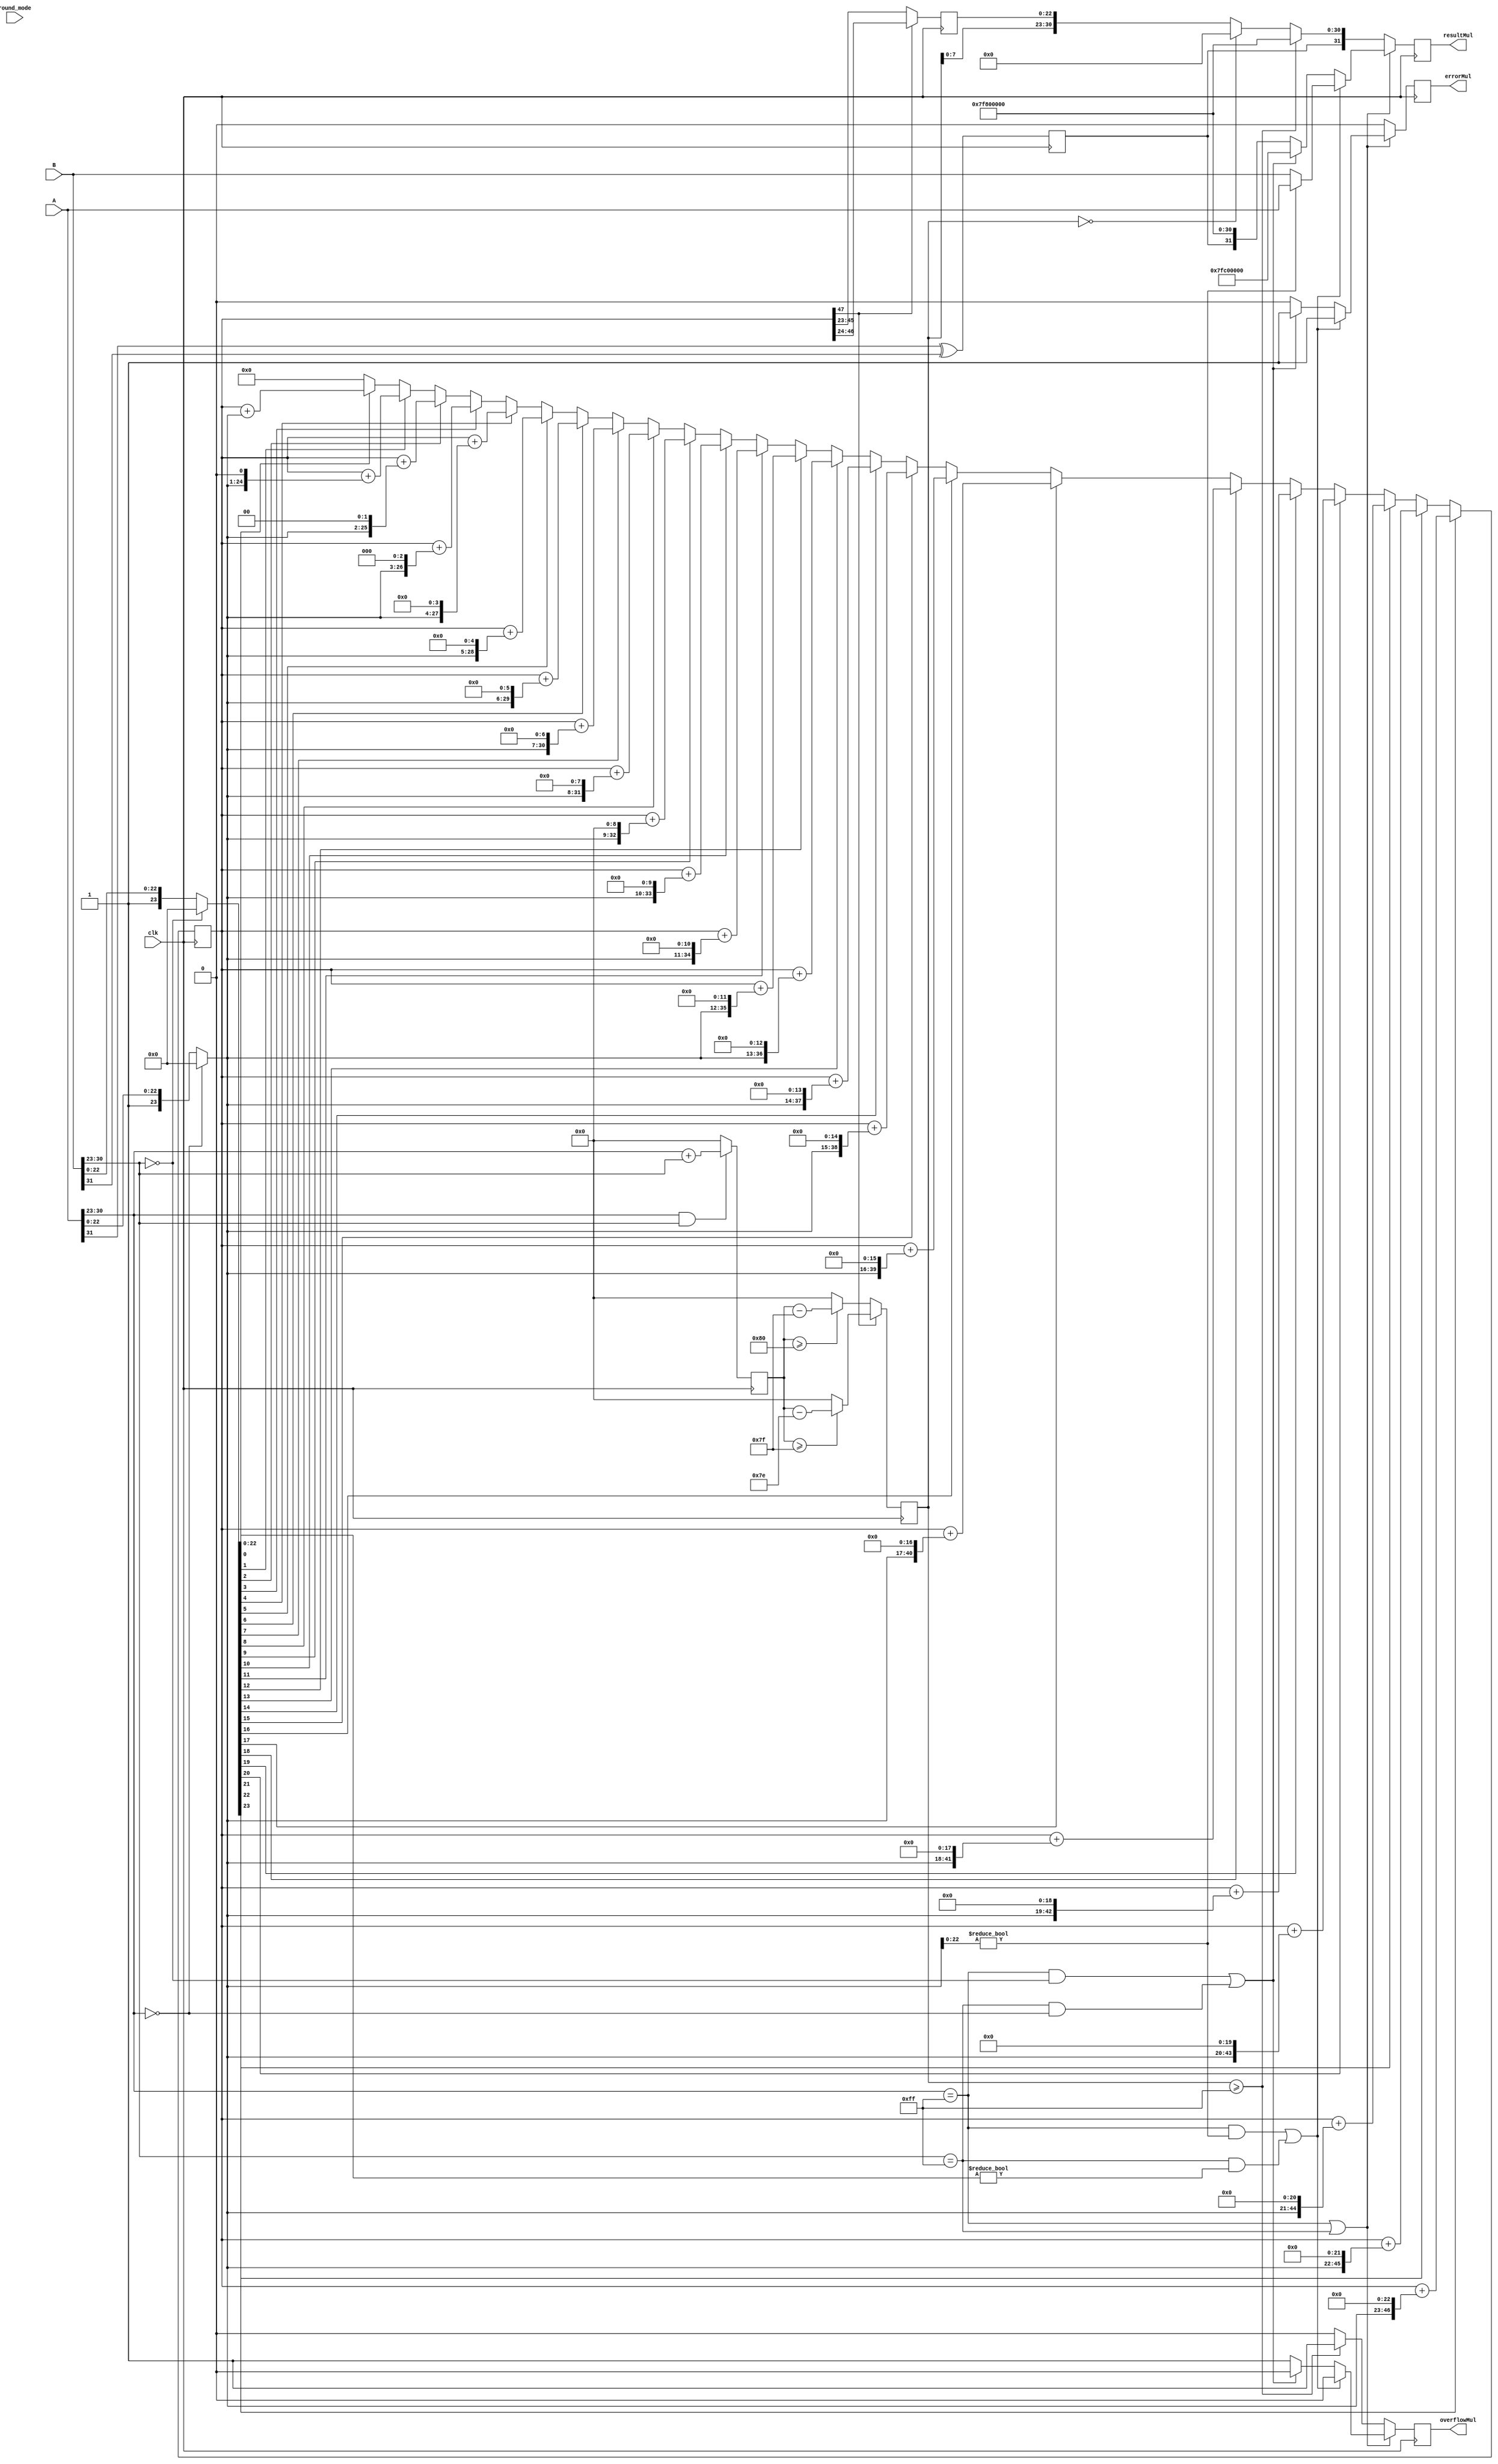
module Multiplier (
    input clk,
    input [31:0] A,
    input [31:0] B,
    input [1:0] round_mode,
    output reg errorMul,
    output reg overflowMul,
    output reg [31:0] resultMul
);

    // Stage 1: Decode input signals and perform mantissa multiplication
    wire signA = A[31];
    wire signB = B[31];
    wire [7:0] expA = A[30:23];
    wire [7:0] expB = B[30:23];
    wire [23:0] mantA = (expA == 0) ? 24'b0 : {1'b1, A[22:0]}; // Regard denormalized number as 0
    wire [23:0] mantB = (expB == 0) ? 24'b0 : {1'b1, B[22:0]};
    wire resultSign = signA ^ signB;
    wire [8:0] expSum = (expA && expB) ? expA + expB : 0; // temporary exp sum, 0 if any input is zero

    reg [47:0] mantMul_stage2;
    reg [8:0] expSum_stage2;
    reg resultSign_stage2;

    integer i;
    always @ (posedge clk) begin
        mantMul_stage2 <= 48'b0;
        for (i = 0; i < 24; i = i + 1) begin
            if (mantB[i])
                mantMul_stage2 <= mantMul_stage2 + (mantA << i);
        end
        expSum_stage2 <= expSum;
        resultSign_stage2 <= resultSign;
    end

    // Stage 2: Normalize the multiplication result
    reg [22:0] mantissa_stage3;
    reg [8:0] exponent_stage3;
    always @ (posedge clk) begin
        if (mantMul_stage2[47]) begin
            mantissa_stage3 <= mantMul_stage2[46:24];
            if(expSum_stage2 >= 127) begin // Underflow Check
                exponent_stage3 <= expSum_stage2 - 126;
            end else begin
                exponent_stage3 <= 0;
            end
        end else begin
            mantissa_stage3 <= mantMul_stage2[45:23];
            if(expSum_stage2 >= 128) begin // Underflow Check
                exponent_stage3 <= expSum_stage2 - 127;
            end else begin
                exponent_stage3 <= 0;
            end
        end
    end

    // Stage 3: Handle exceptions and generate the final result
    always @ (posedge clk) begin
        if ((expA == 8'hff) || (expB == 8'hff)) begin // Check for NaN or Infinity in inputs
            if ((expA == 8'hff && mantA[22:0] != 0) || (expB == 8'hff && mantB[22:0] != 0)) begin
                resultMul <= (mantA[22:0] != 0) ? A : B; // Propagate NaN if either input is NaN
                errorMul <= 1;
                overflowMul <= 0;
            end else if (expA == 8'hff && B[30:23] == 0 || expB == 8'hff && A[30:23] == 0) begin
                resultMul <= {1'b0, 8'hff, 23'h400000}; // Propagate NaN if input is 0 * Infinity
                errorMul <= 1;
                overflowMul <= 0;
            end else begin
                resultMul <= {resultSign_stage2, 8'hff, 23'h0}; // Propagate Infinity if input is nonzero * Infinity
                errorMul <= 0;
                overflowMul <= 1;
            end
        end else if (exponent_stage3 >= 8'hFF) begin
            resultMul <= {resultSign_stage2, 8'hFF, 23'b0}; // Overflow
            overflowMul <= 1;
            errorMul <= 0;
        end else if (exponent_stage3 == 0) begin
            resultMul <= {resultSign_stage2, 31'b0}; // Underflow
            overflowMul <= 0;
            errorMul <= 0;
        end else begin
            resultMul <= {resultSign_stage2, exponent_stage3[7:0], mantissa_stage3};
            overflowMul <= 0;
            errorMul <= 0;
        end
    end

endmodule